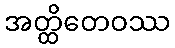
အတ္ထိတေဝဿ